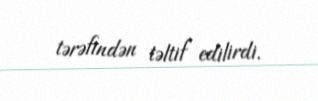
tərəfindən təltif edilirdi.